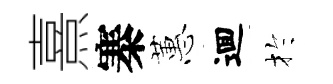
熹寨蕙逥扵